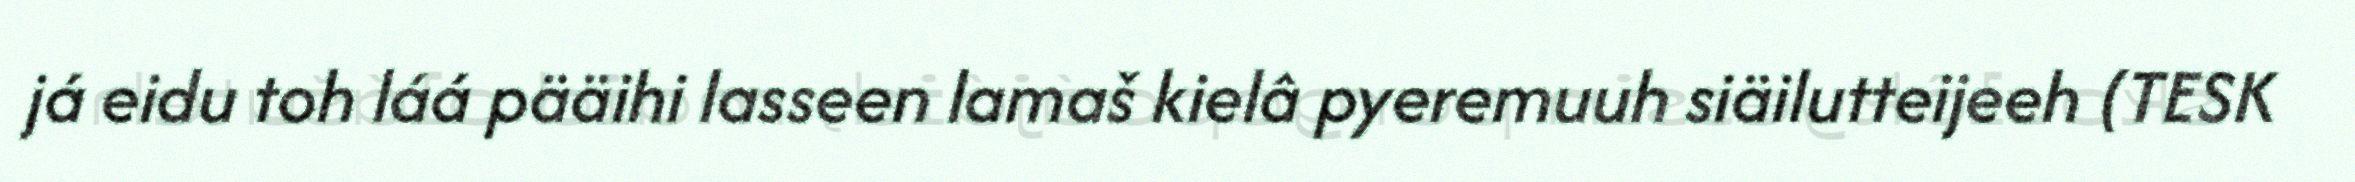
já eidu toh láá pääihi lasseen lamaš kielâ pyeremuuh siäilutteijeeh (TESK